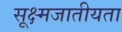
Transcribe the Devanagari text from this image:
सूक्ष्मजातीयता